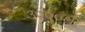
૩૦૦૦થી